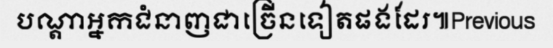
បណ្តាអ្នកជំនាញជាច្រើនទៀតផងដែរ៕Previous